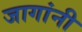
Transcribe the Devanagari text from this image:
जागांनी